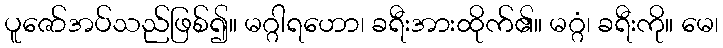
ပူဇော်အပ်သည်ဖြစ်၍။ မဂ္ဂါရဟော၊ ခရီးအားထိုက်၏။ မဂ္ဂံ၊ ခရီးကို။ မေ၊